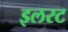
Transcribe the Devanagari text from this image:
इलरट